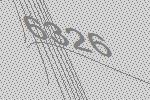
6326